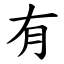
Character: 有